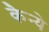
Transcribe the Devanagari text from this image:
कैन्ये